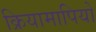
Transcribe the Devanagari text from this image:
क्रियामापियों